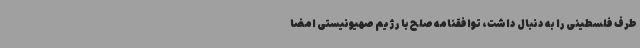
طرف فلسطینی را به دنبال داشت، توافقنامه صلح با رژیم صهیونیستی امضا